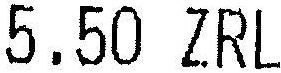
5.50 ZRL